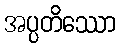
အပ္ပတိဿော